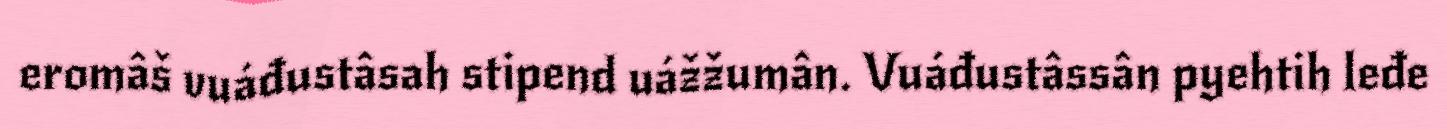
eromâš vuáđustâsah stipend uážžumân. Vuáđustâssân pyehtih leđe